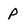
Character: p